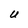
Character: u